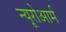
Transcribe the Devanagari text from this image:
न्यूरोआर्म